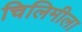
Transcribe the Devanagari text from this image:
चिलिमीला